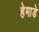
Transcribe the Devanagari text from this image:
हेमाडे